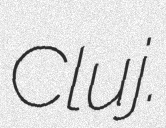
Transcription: Cluj.